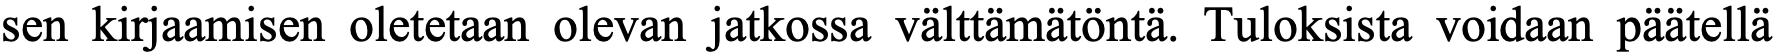
sen kirjaamisen oletetaan olevan jatkossa välttämätöntä. Tuloksista voidaan päätellä